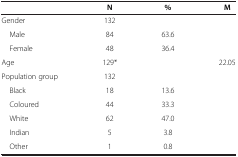
<table><thead><tr><td><b> </b></td><td><b>N</b></td><td><b>%</b></td><td><b>M</b></td></tr></thead><tbody><tr><td>Gender</td><td>132</td><td> </td><td> </td></tr><tr><td> Male</td><td>84</td><td>63.6</td><td> </td></tr><tr><td> Female</td><td>48</td><td>36.4</td><td> </td></tr><tr><td>Age</td><td>129*</td><td> </td><td>22.05</td></tr><tr><td>Population group</td><td>132</td><td> </td><td> </td></tr><tr><td> Black</td><td>18</td><td>13.6</td><td> </td></tr><tr><td> Coloured</td><td>44</td><td>33.3</td><td> </td></tr><tr><td> White</td><td>62</td><td>47.0</td><td> </td></tr><tr><td> Indian</td><td>5</td><td>3.8</td><td> </td></tr><tr><td> Other</td><td>1</td><td>0.8</td><td> </td></tr></tbody></table>